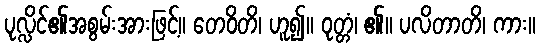
ပုလ္လိင်၏အစွမ်းအားဖြင့်။ တေဝိတိ၊ ဟူ၍။ ဝုတ္တံ၊ ၏။ ပလိတာတိ၊ ကား။